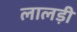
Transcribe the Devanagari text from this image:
लालड़ी